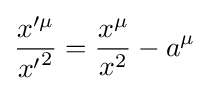
{\frac {{x}'^{\mu }}{{x'}^{2}}}={\frac {x^{\mu }}{x^{2}}}-a^{\mu }